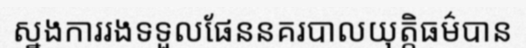
ស្នងការរងទទួលផែននគរបាលយុត្តិធម៌បាន